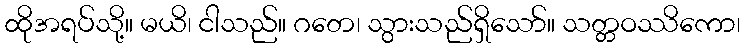
ထိုအရပ်သို့။ မယိ၊ ငါသည်။ ဂတေ၊ သွားသည်ရှိသော်။ သတ္တဝဿိကော၊